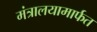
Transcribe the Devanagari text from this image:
मंत्रालयामार्फत